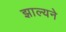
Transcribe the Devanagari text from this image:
झाल्यने